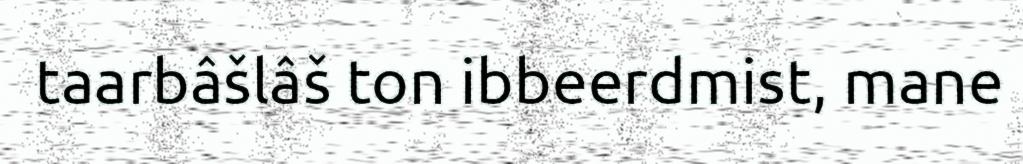
taarbâšlâš ton ibbeerdmist, mane